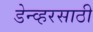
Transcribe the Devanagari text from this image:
डेन्व्हरसाठी